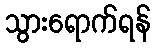
သွားရောက်ရန်